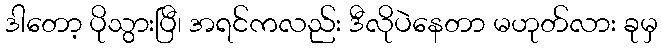
ဒါတော့ ပိုသွားပြီ၊ အရင်ကလည်း ဒီလိုပဲနေတာ မဟုတ်လား ခုမှ